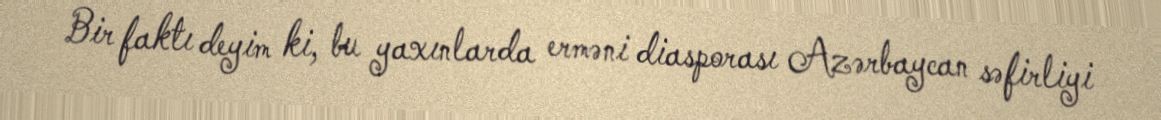
Bir faktı deyim ki, bu yaxınlarda erməni diasporası Azərbaycan səfirliyi